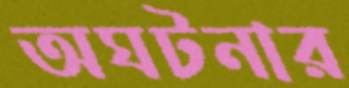
অঘটনার